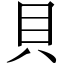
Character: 貝